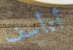
أتأسف